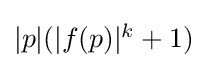
{\textstyle |p|(|f(p)|^{k}+1)}